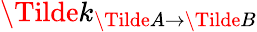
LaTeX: \Tilde{k}_{\Tilde{A}\rightarrow\Tilde{B}}